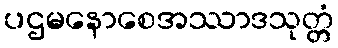
ပဌမနောစေအဿာဒသုတ္တံ